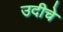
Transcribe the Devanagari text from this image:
उदीचे